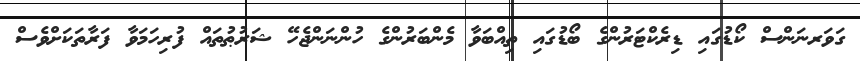
ގަވަރނަންސް ކޯޑުގައި ޑިރެކްޓަރުުންގެ ބޯޑުގައި ތިއްބަވާ މެންބަރުންގެ ހުންނަންޖެހޭ ޝަރުޠުތައް ފުރިހަމަވާ ފަރާތަކަށްވެސް